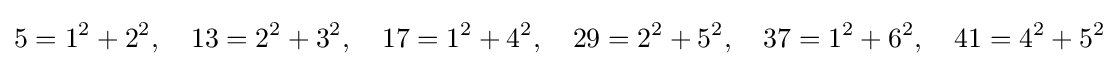
5=1^{2}+2^{2},\quad 13=2^{2}+3^{2},\quad 17=1^{2}+4^{2},\quad 29=2^{2}+5^{2},\quad 37=1^{2}+6^{2},\quad 41=4^{2}+5^{2}